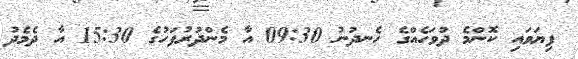
ފިޔަވައި ކޮންމެ ދުވަހެއްގެ ހެނދުނު 09:30 އާ މެންދުރުފަހުގެ 15:30 އާ ދެމެދު